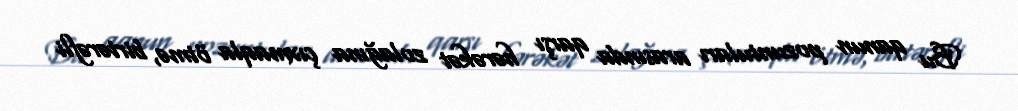
Bu qanun pozuntuları arasında qarşı hərəkət zolağına çıxmaqla ötmə, birtərəfli